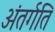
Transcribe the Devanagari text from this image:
अंतर्गति